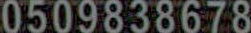
0509838678